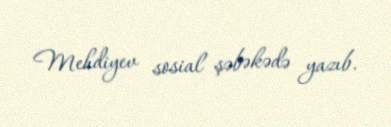
Mehdiyev sosial şəbəkədə yazıb.